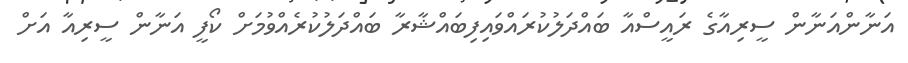
އަނާންއަނާން ސީރިއާގެ ރައީސްއާ ބައްދަލުކުރައްވައިފިބައްޝާރާ ބައްދަލުކުރެއްވުމަށް ކޯފީ އަނާން ސީރިއާ އަށް